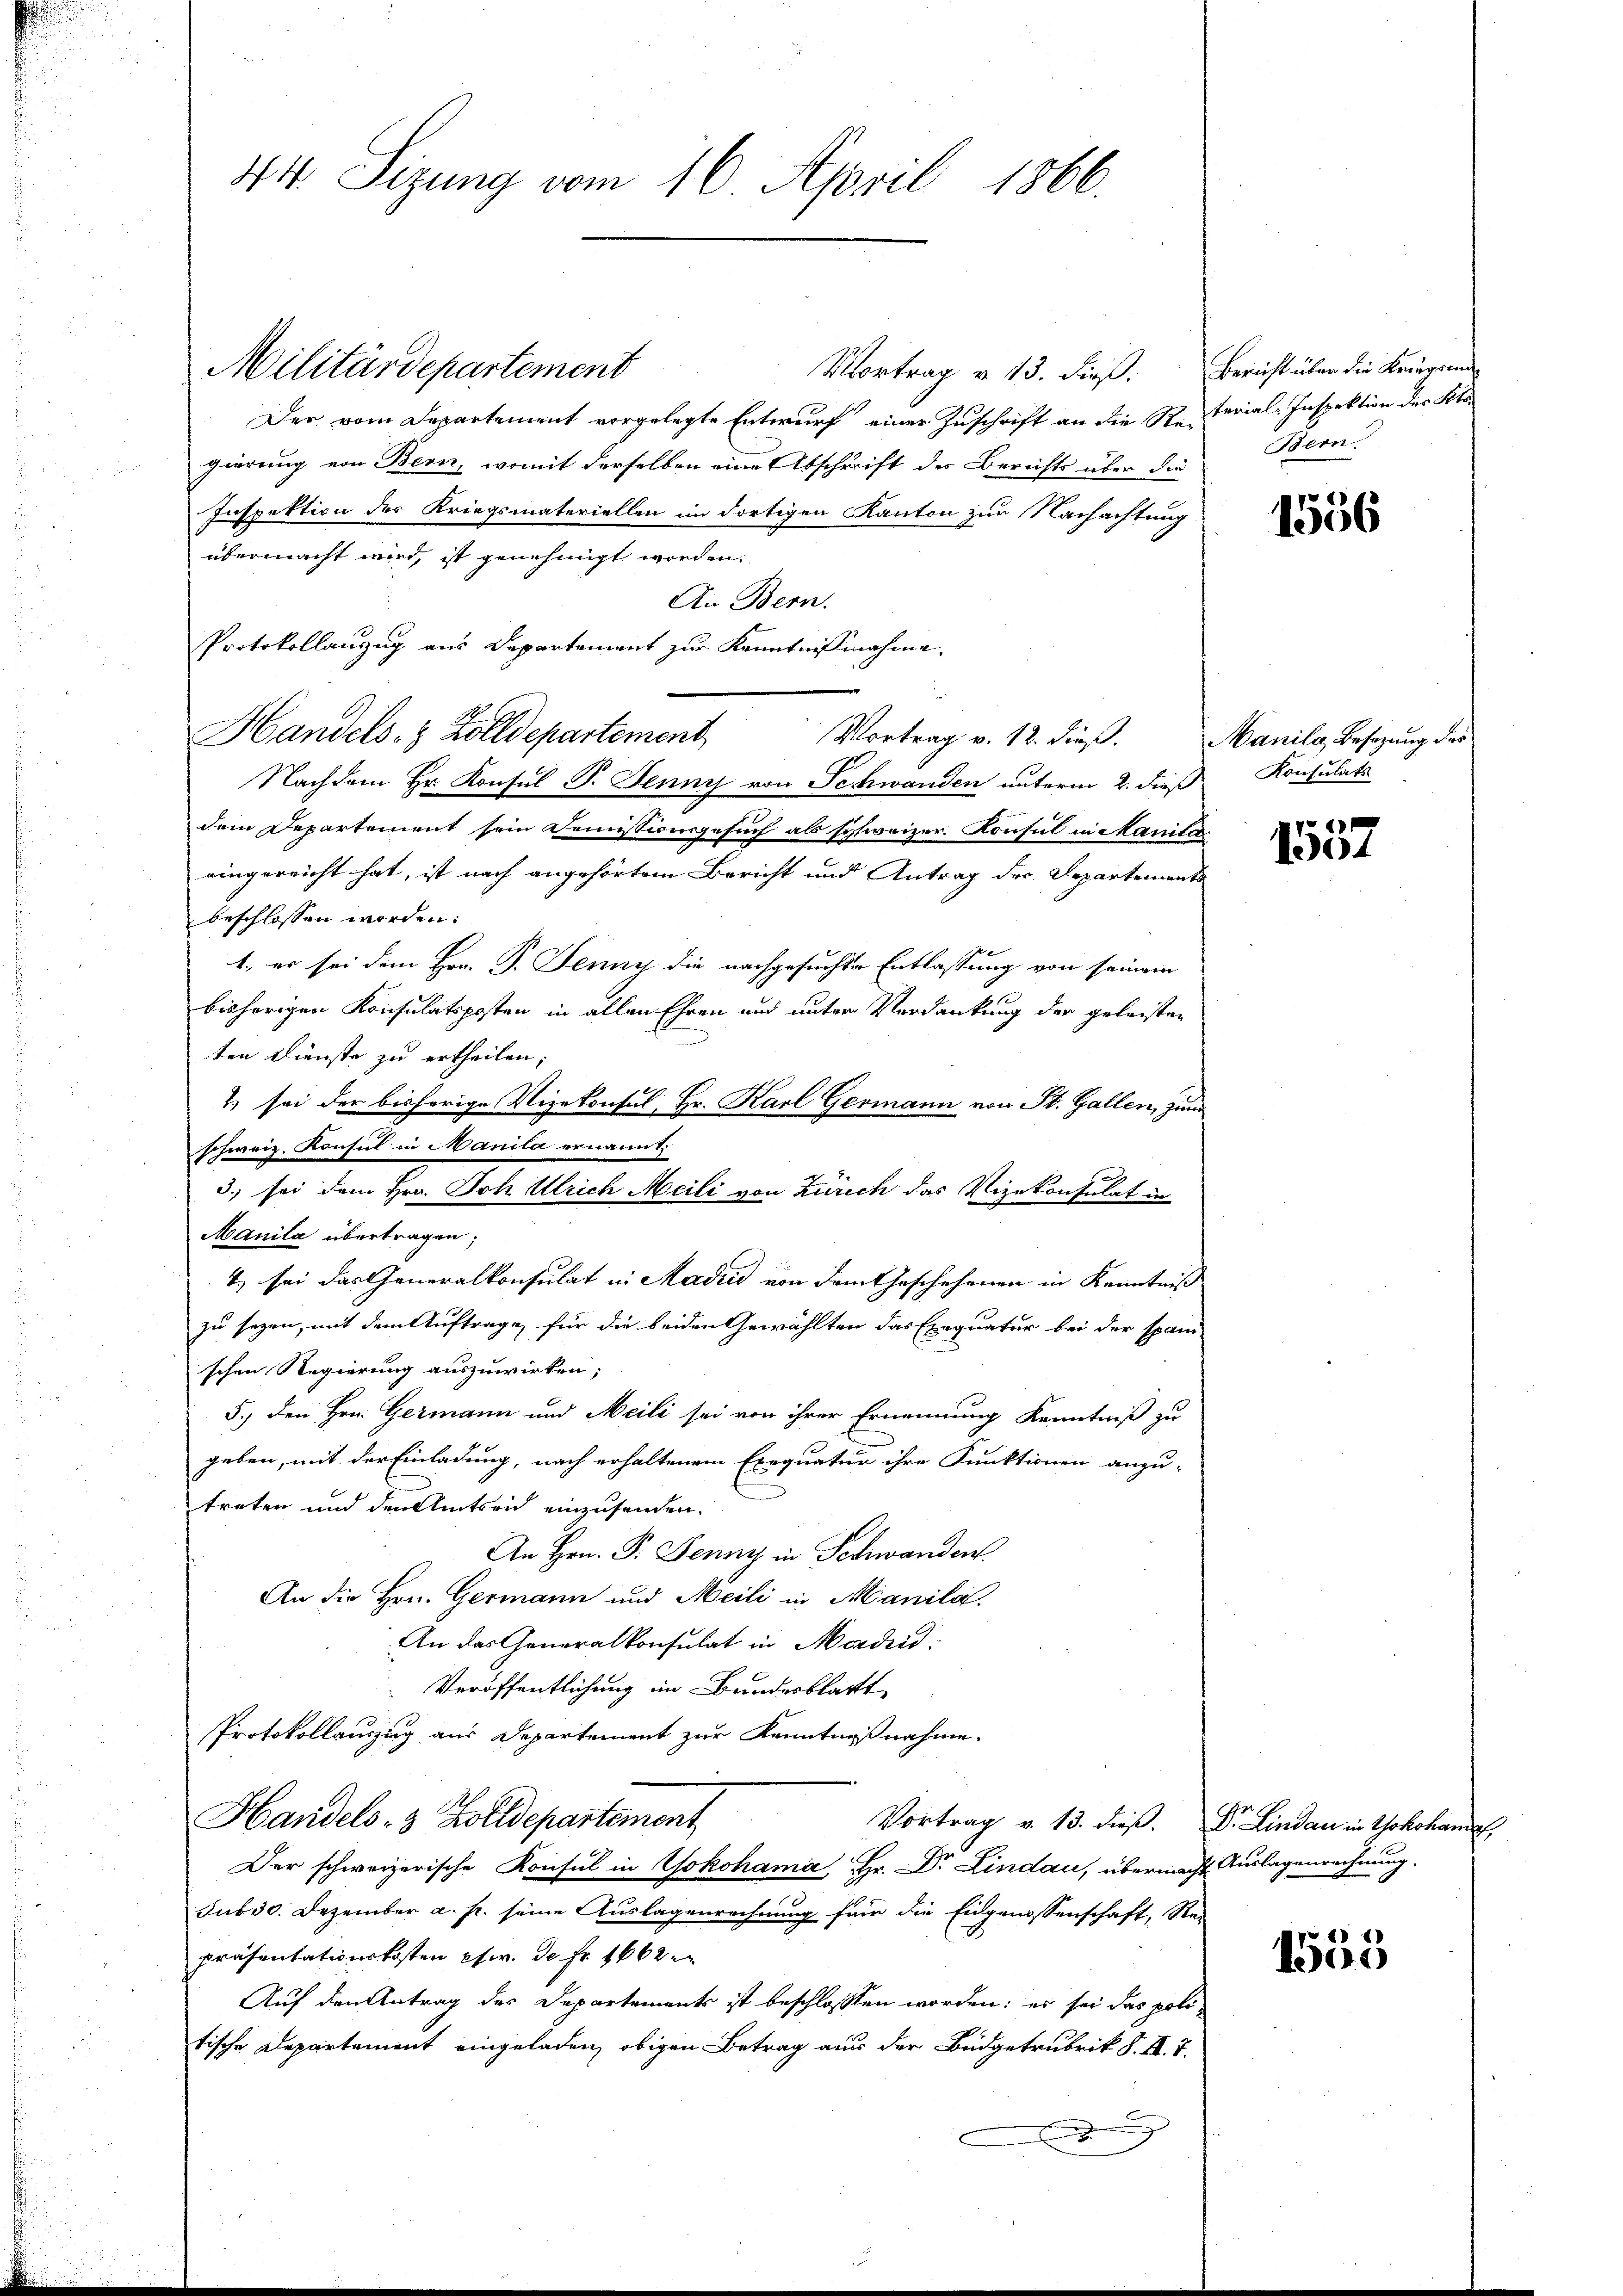
Militärdepartement

44. Sizung vom 16. April 1866.

Vortrag v. 13. dieß. Bericht über die Kriegsma
Der vom Departement vorgelegte Entwurf einer Zuschrift an die Resterial-Inspektion der Stagierung von Bern, womit derselben eine Abschrift des Berichts über die
Inspektion der Kriegsmateriellen im dortigen Kanton zur Nachachtung
übermacht wird, ist genehmigt worden,
An Bern.
Protokollanzug aus Departement zur Kenntnisnahme,
Handels- & Zolldepartement
Vortrag v. 12. dieß.
Nachdem Hr. Konsul P. Jenny von Schwanden unterm 2. dieß
dem Departement sein Demissionsgesuch als schweizer. Konsul in Manila
ringereicht hat, ist nach angehörtem Bericht und Antrag der Departements
beschlossen worden:
1. es sei dem Hrn. J. Jenny die nachgesuchte Entlassung von seinem
bisherigen Konsulatsposten in allen Ehren und unter Verdankung der geleisten
ten Dienste zu ertheilen;
2 sei der bisherige Vizekonsul, Hr. Karl Germann von St. Gallen, und
schweiz. Konsul in Manila ernannt.
3.) sei dem Hrn. Joh Ulrich Meili von Zürich das Vizekonsulat in
Manila übertragen;
t. sei das Generalkonsulat in Madrid von dem Geschehenen in Kenntniß
zu sagen, mit dem Auftrage für die beiden Gewählten das Exequatur bei der Spani-
schen Regierung auszuwirken;
5.) den Hrn. Germann und Meili sei von ihrer Ernennung Kenntniß zu
geben, mit der Einladung, nach erhaltenem Exequatur ihre Funktionen anzu-
treten und den Amtsen einzusenden.
An Hrn. P. Jenny in Schwanden.
An die Hrn. Germann und Meili in Manila.
An das Generalkonsulat in Mader:
Veröffentlichung im Bundesblatt
Protokollauszug aus Departement zur Kenntnißnahme.
Handels- & Zolldepartement
Vortrag v. 13. dieβ. Dr. Lindau in Yokohandel,
Der schweizerische Konsul in Yokohama Hr. Dr. Lindau, übermacht Auslagenrechnung.
Jub 30. Dezember a. p. seine Auslagenrechnung für die Eidgenossenschaft, Rei
präsentationskosten etc. de Fr. 1662
Auf den Antrag des Departements ist beschlossen worden: es sei das poli-
tische Departement eingeladen, obigen Betrag aus der Büdgetrubrik S. II. T.

Bern.

1556

Manila, Besetzung des
Konsulats

d
1501

8
1500